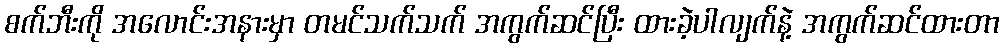
စက်ဘီးကို အလောင်းအနားမှာ တမင်သက်သက် အကွက်ဆင်ပြီး ထားခဲ့ပါလျက်နဲ့ အကွက်ဆင်ထားတာ